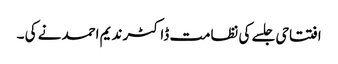
افتتاحی جلسے کی نظامت ڈاکٹر ندیم احمد نے کی ۔